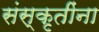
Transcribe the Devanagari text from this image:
संस्कृतींना